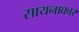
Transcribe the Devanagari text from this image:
सायनाकार